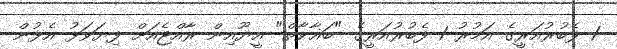
1 ފެބުރުއަރީގެ އަމުރު 1 ފެބުރުއަރީގެ "ބަޣާވާތް" އީޔޫއިން ރާއްޖެއަށް ފިޔަވަޅު އެޅުން